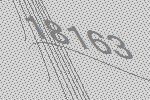
18163